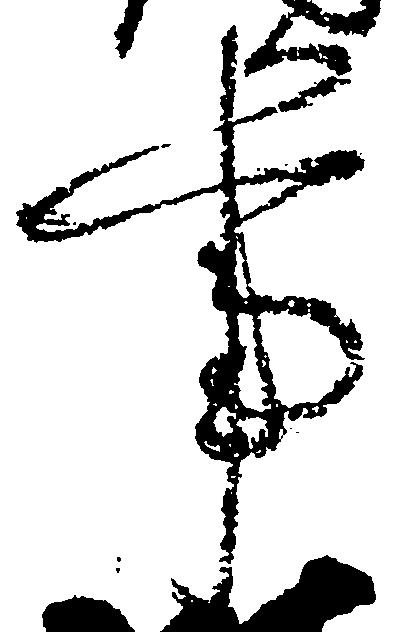
事